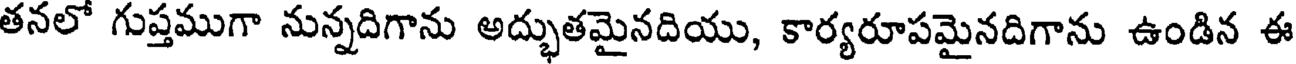
తనలో గుప్తముగా నున్నదిగాను అద్భుతమైనదియు, కార్యరూపమైనదిగాను ఉండిన ఈ